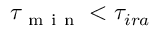
\tau _ { \mathrm { ~ m ~ i ~ n ~ } } < \tau _ { i r a }